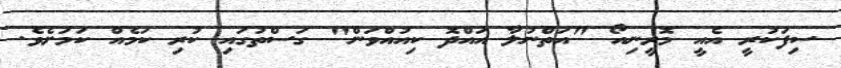
ސިފަކުރީ އެއީ މޮރީނިއޯ "އަތްނުލާ އައްދޮ ކިއުއްވަން" ގަސްތުގައި ކުރި ކަމެއް ކަމަށެވެ.